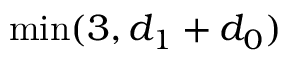
\operatorname* { m i n } ( 3 , d _ { 1 } + d _ { 0 } )